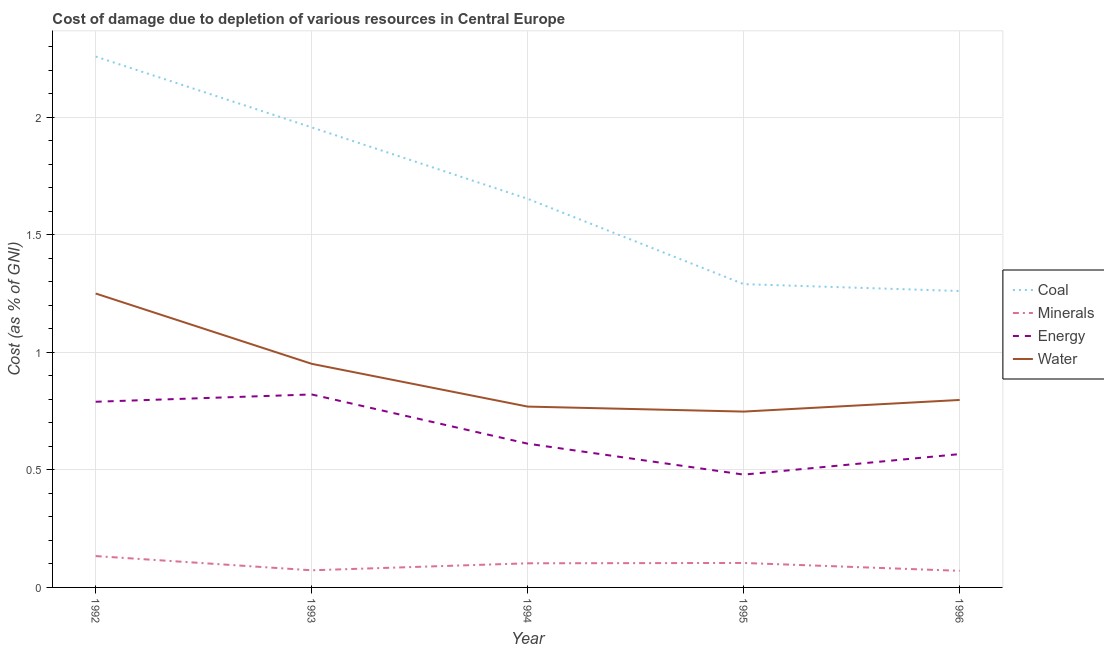
| Year | Coal | Minerals | Energy | Water |
 | --- | --- | --- | --- | --- |
 | 1992 | 2.26 | 0.133 | 0.79 | 1.25 |
 | 1993 | 1.96 | 0.0729 | 0.821 | 0.951 |
 | 1994 | 1.65 | 0.103 | 0.612 | 0.769 |
 | 1995 | 1.29 | 0.104 | 0.48 | 0.748 |
 | 1996 | 1.26 | 0.0706 | 0.567 | 0.798 |